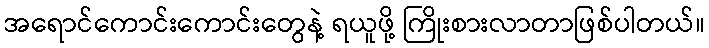
အရောင်ကောင်းကောင်းတွေနဲ့ ရယူဖို့ ကြိုးစားလာတာဖြစ်ပါတယ်။